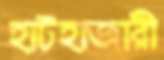
হাটহাজারী